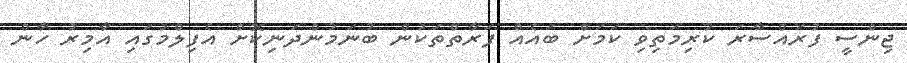
ޖިންސީ ފުރައްސާރަ ކުރިމަތިވި ކަމަށް ބައެއް ފަރާތްތަކުން ބުނަމުންދަނިކޮށް އެފިލްމުގައި އާމިރު ހާން